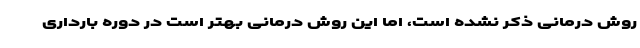
روش درمانی ذکر نشده است، اما این روش درمانی بهتر است در دوره بارداری